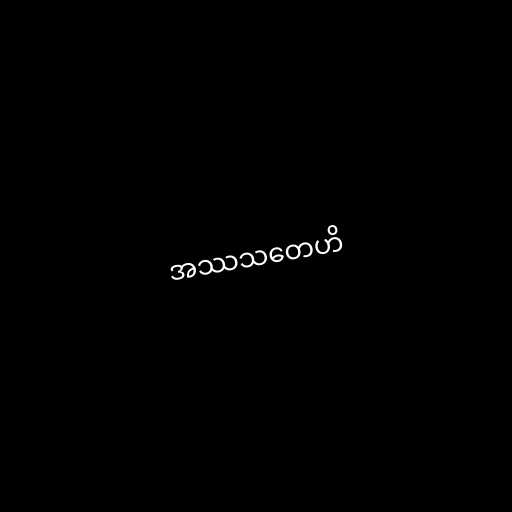
အဿသတေဟိ